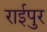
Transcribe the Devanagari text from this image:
राईपुर